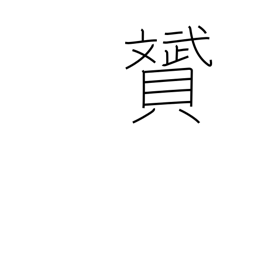
Meaning: beautiful